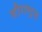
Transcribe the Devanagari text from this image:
सौराष्ट्रज